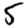
Digit: 5